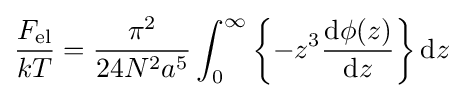
{\frac {F_{\rm {el}}}{kT}}={\frac {\pi ^{2}}{24N^{2}a^{5}}}\int _{0}^{\infty }\left\{-z^{3}{\frac {{\rm {d}}\phi (z)}{{\rm {d}}z}}\right\}{\rm {d}}z